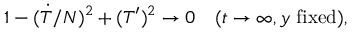
1 - ( \dot { T } / N ) ^ { 2 } + ( T ^ { \prime } ) ^ { 2 } \to 0 \quad ( t \to \infty , y \mathrm { ~ f i x e d } ) ,